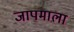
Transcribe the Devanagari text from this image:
जापमाला